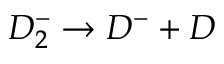
D _ { 2 } ^ { - } \rightarrow D ^ { - } + D